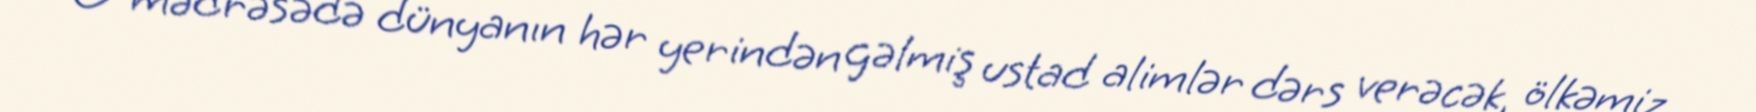
O mədrəsədə dünyanın hər yerindən gəlmiş ustad alimlər dərs verəcək, ölkəmiz